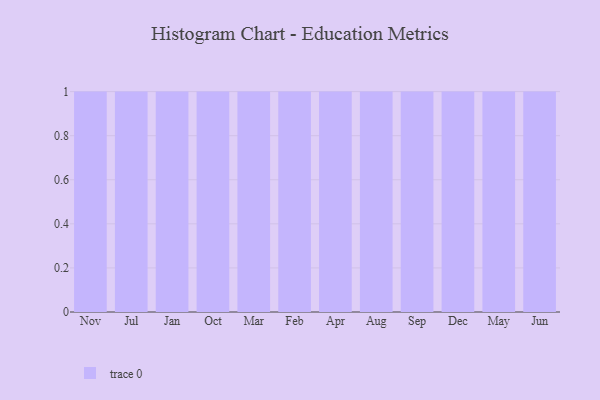
{"axis": {"x": "Month", "y": "Headcount"}, "legend": [""], "data": [{"x": "Nov", "y": 11, "type": ""}, {"x": "Jul", "y": 44, "type": ""}, {"x": "Jan", "y": 94, "type": ""}, {"x": "Oct", "y": 23, "type": ""}, {"x": "Mar", "y": 16, "type": ""}, {"x": "Feb", "y": 39, "type": ""}, {"x": "Apr", "y": 26, "type": ""}, {"x": "Aug", "y": 5, "type": ""}, {"x": "Sep", "y": 52, "type": ""}, {"x": "Dec", "y": 70, "type": ""}, {"x": "May", "y": 24, "type": ""}, {"x": "Jun", "y": 47, "type": ""}]}